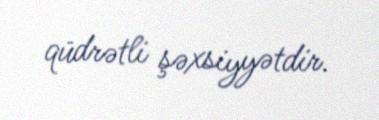
qüdrətli şəxsiyyətdir.